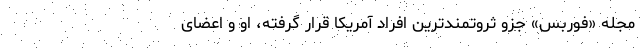
مجله «فوربس» جزو ثروتمندترین افراد آمریکا قرار گرفته، او و اعضای